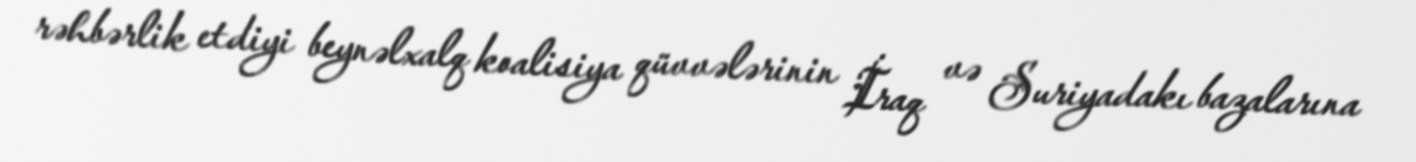
rəhbərlik etdiyi beynəlxalq koalisiya qüvvələrinin İraq və Suriyadakı bazalarına